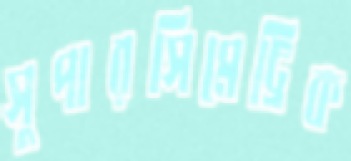
সুপারসিমেট্রিক